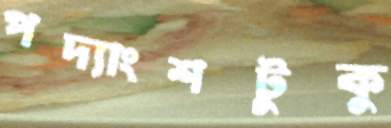
পদ্যাংশটুকু